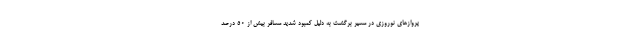
پروازهای نوروزی در مسیر برگشت به دلیل کمبود شدید مسافر بیش از ۵۰ درصد